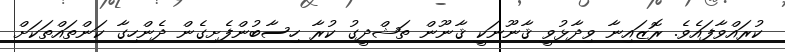
ކުރައްވާފައެވެ. ރޮޒައިނާ ވިދާޅުވީ ޤާނޫނަކީ ޤާނޫން ތަޝްދީގު ކުރާ ހިސާބުންފެށިގެން ދެންހިގާ ކަންތައްތަކަށް